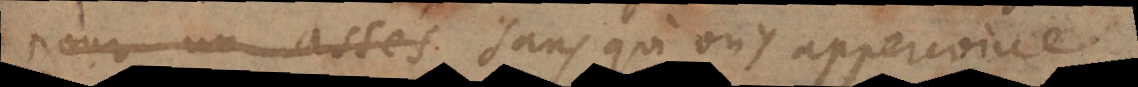
pour un assés sans qu’on y appercoive